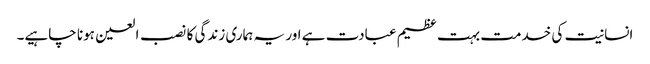
انسانیت کی خدمت بہت عظیم عبادت ہے اور یہ ہماری زندگی کا نصب العین ہونا چاہیے۔